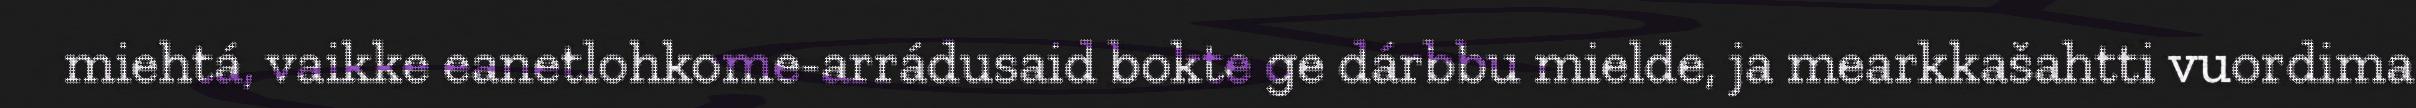
miehtá, vaikke eanetlohkome-arrádusaid bokte ge dárbbu mielde, ja mearkkašahtti vuordima